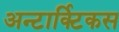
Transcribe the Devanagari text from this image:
अन्टार्क्टिकस